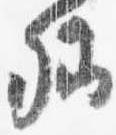
卿